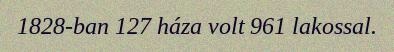
1828-ban 127 háza volt 961 lakossal.